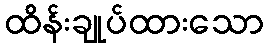
ထိန်းချုပ်ထားသော